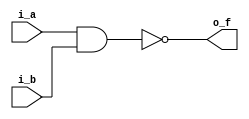
// -- python C:\Users\Brandon\Documents\Personal_Projects\my_utils\modelsim_utils\auto_run.py -d run_cmd__NAND4_v.do

module NAND2_v
  (input i_a, i_b,
   output o_f);
   
  assign o_f = ~(i_a & i_b);
  
endmodule